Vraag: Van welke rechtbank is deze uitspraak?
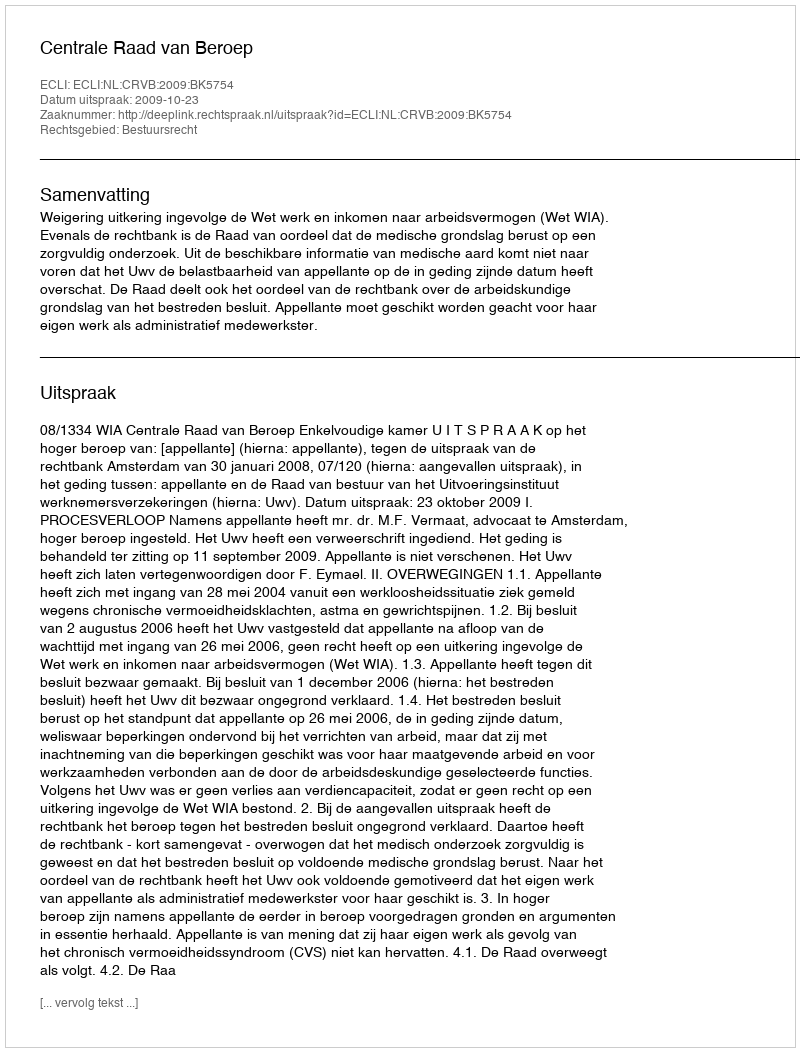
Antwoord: Centrale Raad van Beroep